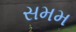
સમમ